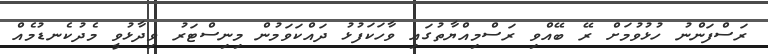
ރަސްފަންނު ހުޅުވުމަށް ރޭ ބޭއްވި ރަސްމިއްޔާތުގައި ވާހަކަފުޅު ދައްކަވަމުން މިނިސްޓަރު ވިދާޅުވީ މެދުކެނޑުމެއް